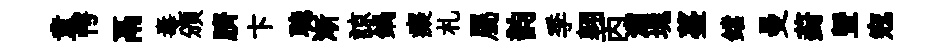
童愕鬲毒頒臍卞聴渐諒鍋癡札屬韵季翱丙灞塊薹鐺曼葑暨𡨥